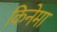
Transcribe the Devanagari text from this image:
किनेमा